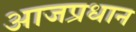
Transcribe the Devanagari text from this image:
आजप्रधान